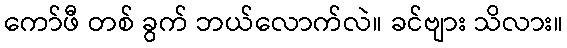
ကော်ဖီ တစ် ခွက် ဘယ်လောက်လဲ။ ခင်ဗျား သိလား။